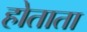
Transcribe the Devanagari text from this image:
होताता